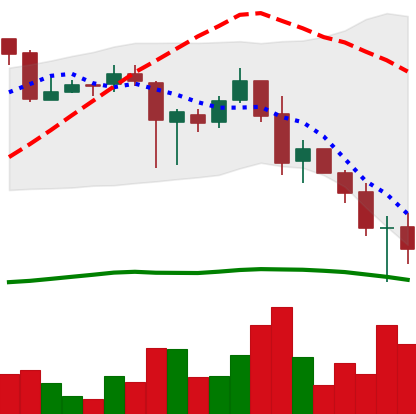
Ticker: XRP-USD
Chart end date: 2018-11-26
Forward return: 4.911%
Label: up_3_5